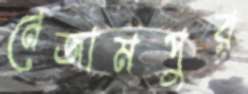
নেজামপুর